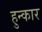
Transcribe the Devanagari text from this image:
हुन्कार